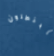
البنطلون